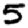
Digit: 5